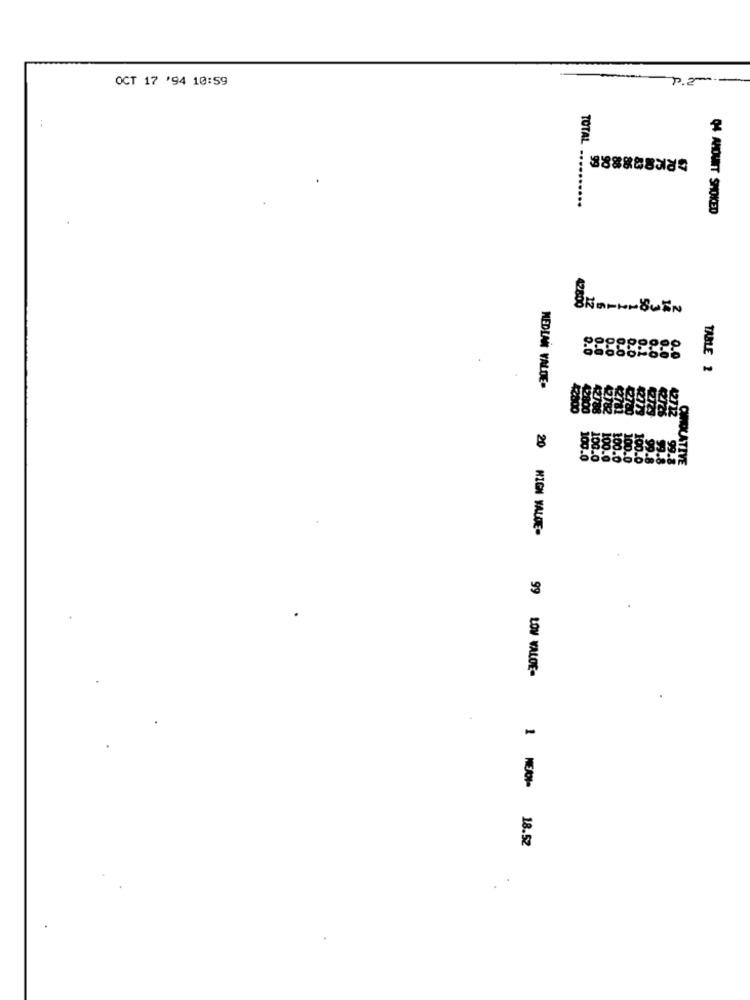
OCT 17 '94 10:59
P.2 -.
TOTAL .......
...
Q4 AMOUNT SHOKED
498:00
12
0.0
TABLE 1
MEDLAN VALDE-
20
HIGH VALUE-
99 LOW VALOE-
1 MEAN- 18.52